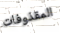
المقذوفات